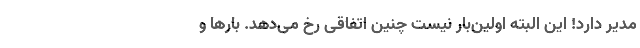
مدیر دارد! این البته اولین‌بار نیست چنین اتفاقی رخ می‌دهد. بارها و